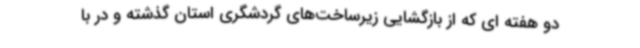
دو هفته ای که از بازگشایی زیرساخت‌های گردشگری استان گذشته و در با